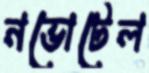
নভোটেল